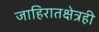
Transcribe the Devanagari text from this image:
जाहिरातक्षेत्रही